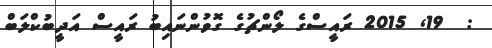
:  19